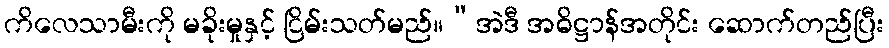
ကိလေသာမီးကို မခိုးမှုနှင့် ငြိမ်းသတ်မည်။”အဲဒီ အဓိဋ္ဌာန်အတိုင်း ဆောက်တည်ပြီး